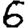
Digit: 6